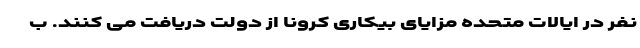
نفر در ایالات متحده مزایای بیکاری کرونا از دولت دریافت می کنند. ب